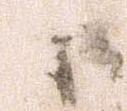
小